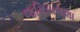
જમિયલશા